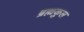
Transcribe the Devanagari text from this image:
ब्रह्मकुल